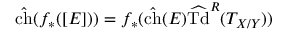
{ \hat { \mathrm { c h } } } ( f _ { * } ( [ E ] ) ) = f _ { * } ( { \hat { \mathrm { c h } } } ( E ) { \widehat { \mathrm { T d } } } ^ { R } ( T _ { X / Y } ) )